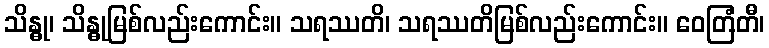
သိန္ဓု၊ သိန္ဓုမြစ်လည်းကောင်း။ သရဿတိ၊ သရဿတိမြစ်လည်းကောင်း။ ဝေတြံတီ၊